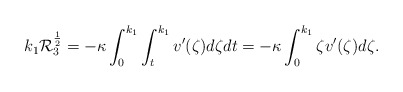
\begin{align*} k_1\mathcal{R}_3^{\frac{1}{2}} = -\kappa\int_{0}^{k_1}\int_{t}^{k_1} v'(\zeta)d\zeta dt = -\kappa\int_{0}^{k_1}\zeta v'(\zeta) d\zeta. \end{align*}